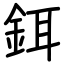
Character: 鉺